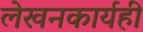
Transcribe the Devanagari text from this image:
लेखनकार्यही